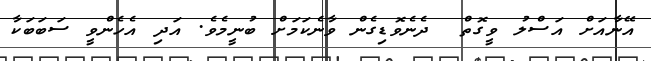
އޭނާއަށް އަސްލު ވީގޮތް  ދެނެވޮޑިގެން ވާނެކަމަށް ބުނީމެވެ. އަދި އެހެންވީ ސަބަބަކާ